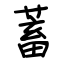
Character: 蓄